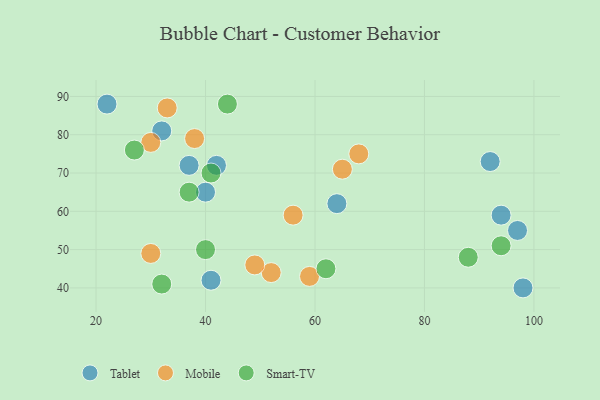
{"axis": {"x": "GDP", "y": "Life Expectancy"}, "legend": ["Mobile", "Smart-TV", "Tablet"], "data": [{"x": "22", "y": 88, "type": "Tablet"}, {"x": "42", "y": 72, "type": "Tablet"}, {"x": "41", "y": 42, "type": "Tablet"}, {"x": "64", "y": 62, "type": "Tablet"}, {"x": "40", "y": 65, "type": "Tablet"}, {"x": "97", "y": 55, "type": "Tablet"}, {"x": "32", "y": 81, "type": "Tablet"}, {"x": "94", "y": 59, "type": "Tablet"}, {"x": "37", "y": 72, "type": "Tablet"}, {"x": "92", "y": 73, "type": "Tablet"}, {"x": "98", "y": 40, "type": "Tablet"}, {"x": "30", "y": 78, "type": "Mobile"}, {"x": "38", "y": 79, "type": "Mobile"}, {"x": "59", "y": 43, "type": "Mobile"}, {"x": "68", "y": 75, "type": "Mobile"}, {"x": "56", "y": 59, "type": "Mobile"}, {"x": "33", "y": 87, "type": "Mobile"}, {"x": "30", "y": 49, "type": "Mobile"}, {"x": "65", "y": 71, "type": "Mobile"}, {"x": "52", "y": 44, "type": "Mobile"}, {"x": "49", "y": 46, "type": "Mobile"}, {"x": "62", "y": 45, "type": "Smart-TV"}, {"x": "94", "y": 51, "type": "Smart-TV"}, {"x": "88", "y": 48, "type": "Smart-TV"}, {"x": "32", "y": 41, "type": "Smart-TV"}, {"x": "44", "y": 88, "type": "Smart-TV"}, {"x": "27", "y": 76, "type": "Smart-TV"}, {"x": "41", "y": 70, "type": "Smart-TV"}, {"x": "37", "y": 65, "type": "Smart-TV"}, {"x": "40", "y": 50, "type": "Smart-TV"}]}